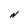
Character: N